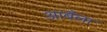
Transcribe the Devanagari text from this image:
आबँला